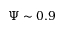
\Psi \sim 0 . 9